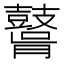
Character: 𪔤